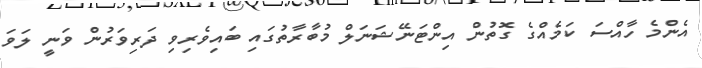
އެންމެ ހާއްސަ ކަމެއްގެ ގޮތުން އިންޓަނޭޝަނަލް މުބާރާތުގައި ބައިވެރިވި ދަރިވަރުން ވަނީ ލަވަ